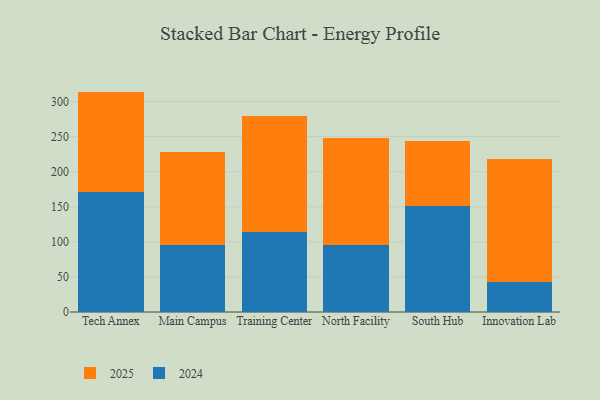
{"axis": {"x": "Campus", "y": "Production Output"}, "legend": ["2024", "2025"], "data": [{"x": "Tech Annex", "y": 143.2, "type": "2025"}, {"x": "Tech Annex", "y": 170.9, "type": "2024"}, {"x": "Main Campus", "y": 133.4, "type": "2025"}, {"x": "Main Campus", "y": 95.3, "type": "2024"}, {"x": "Training Center", "y": 164.6, "type": "2025"}, {"x": "Training Center", "y": 114.4, "type": "2024"}, {"x": "North Facility", "y": 152.4, "type": "2025"}, {"x": "North Facility", "y": 96.1, "type": "2024"}, {"x": "South Hub", "y": 91.9, "type": "2025"}, {"x": "South Hub", "y": 151.7, "type": "2024"}, {"x": "Innovation Lab", "y": 176.0, "type": "2025"}, {"x": "Innovation Lab", "y": 42.7, "type": "2024"}]}